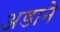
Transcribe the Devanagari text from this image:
अडाने